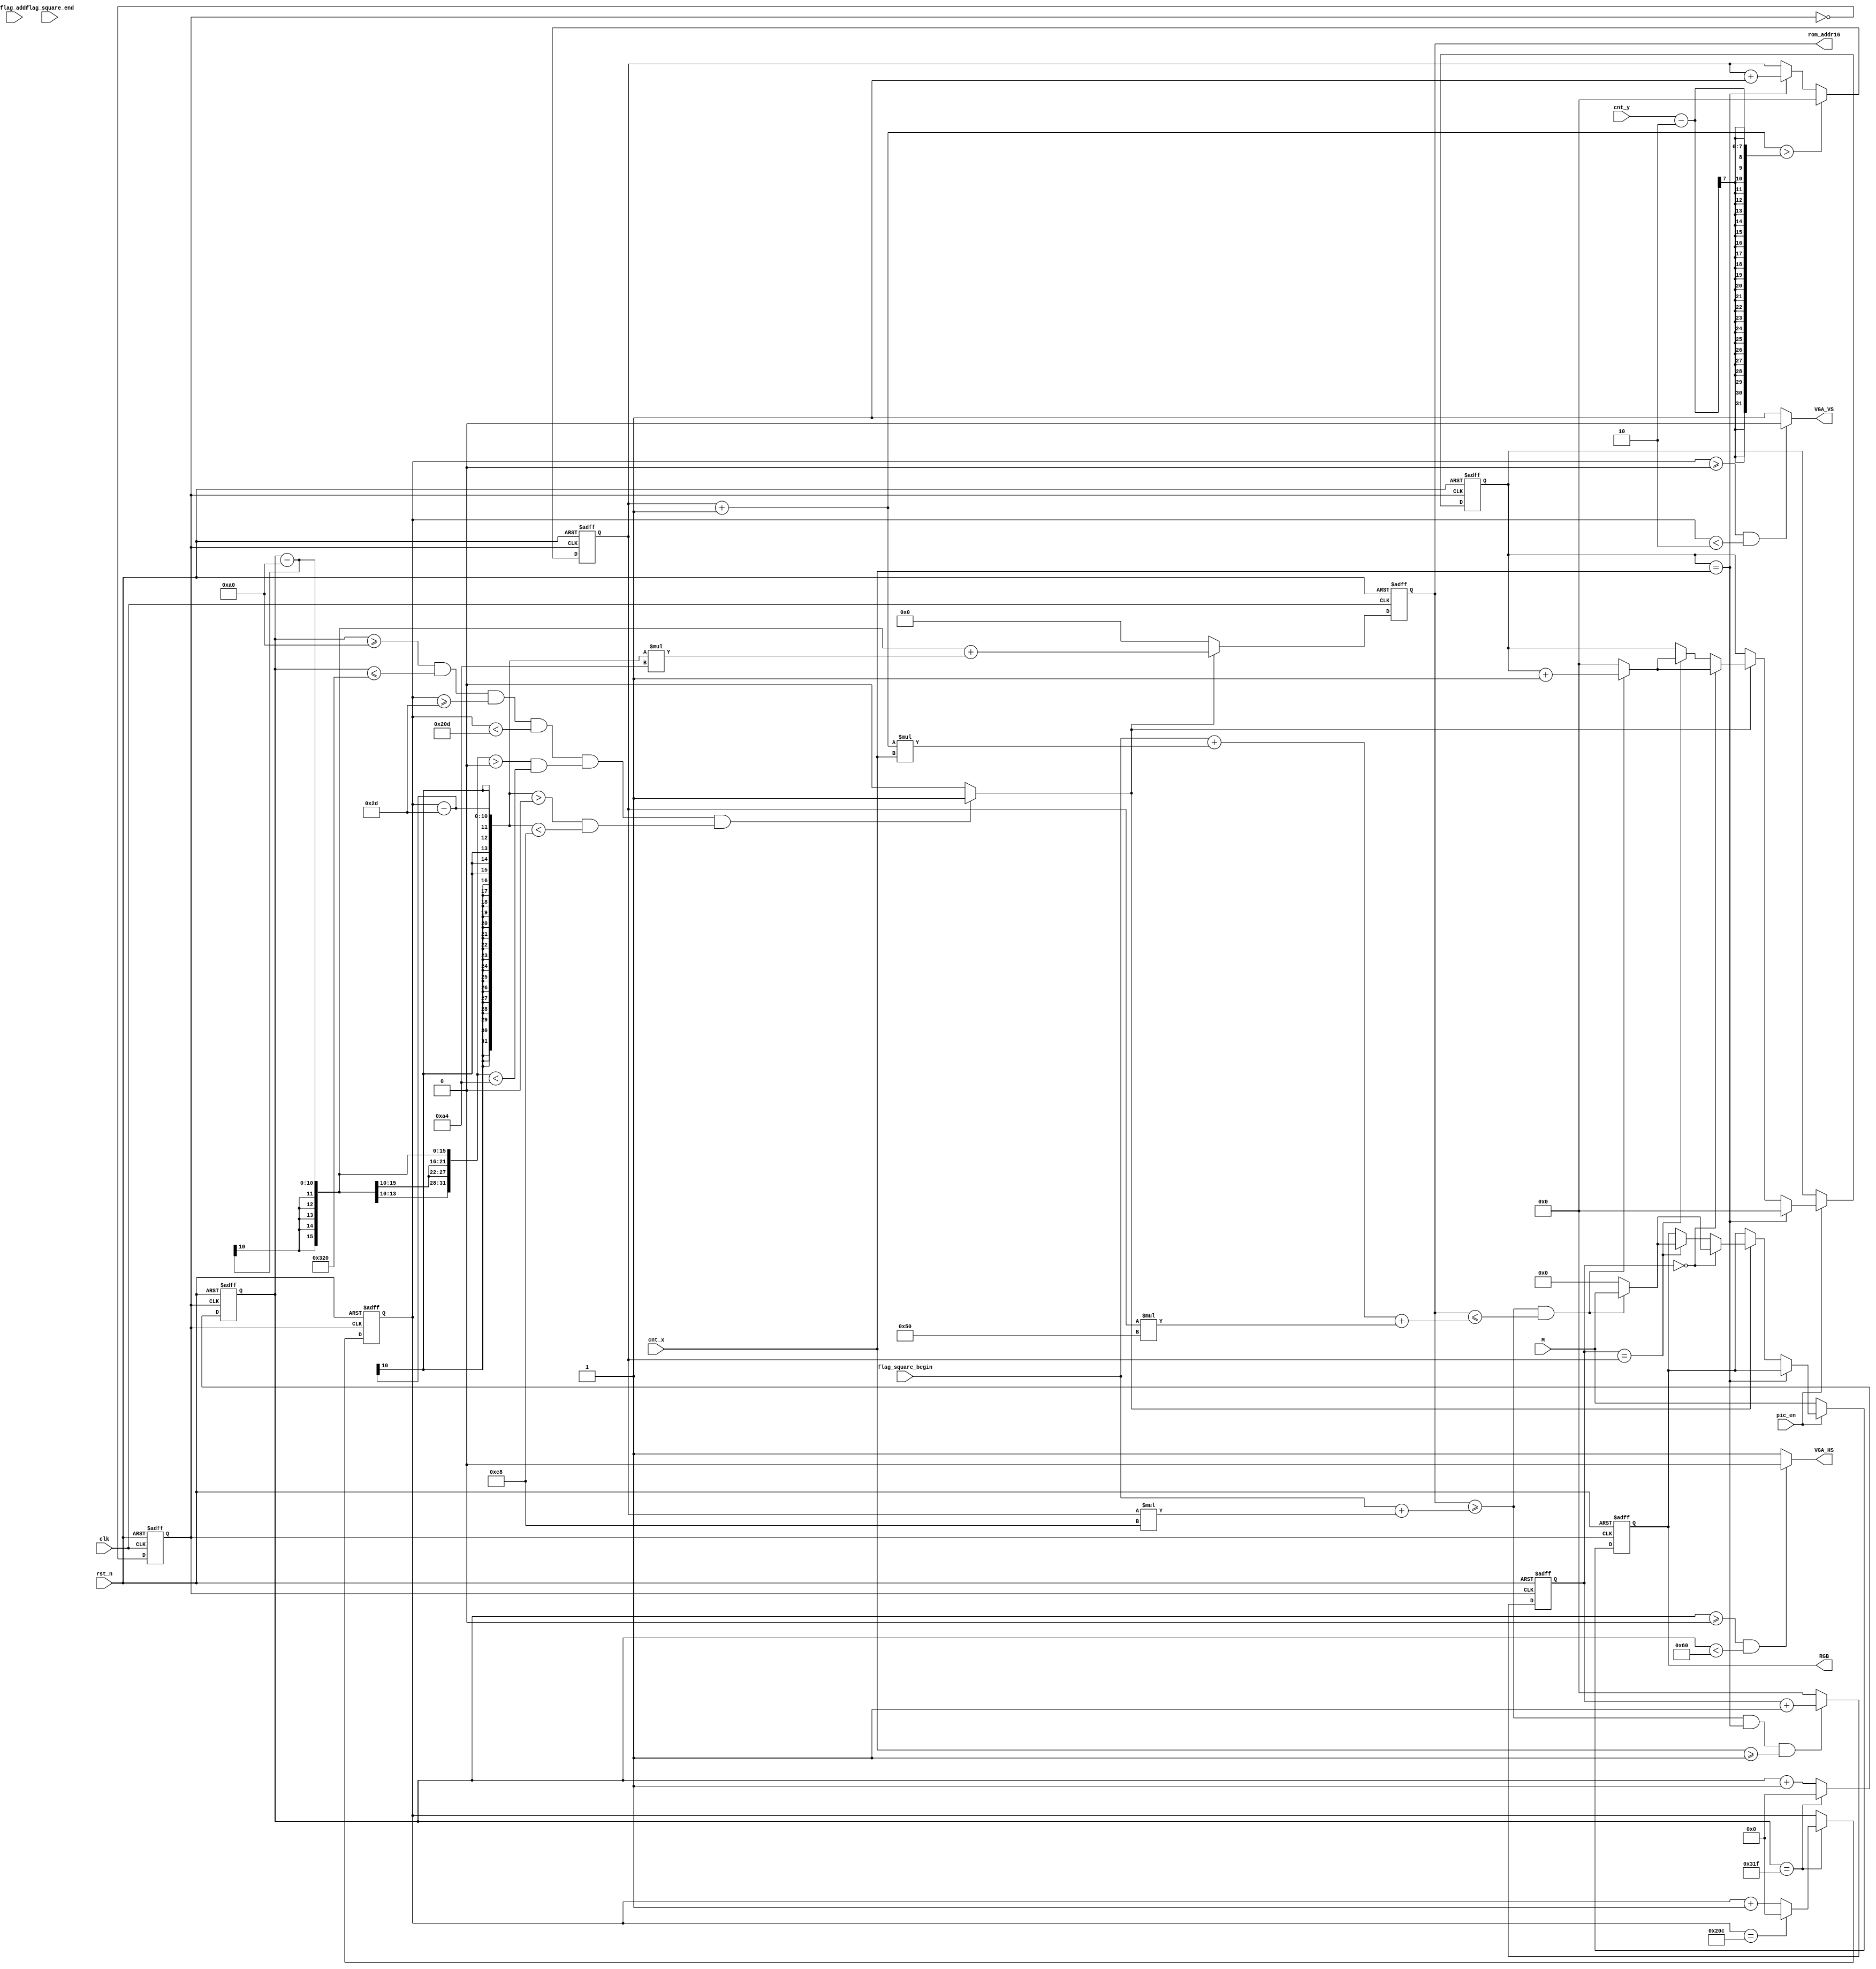
`timescale 1ns / 1ps
//////////////////////////////////////////////////////////////////////////////////
// Company: 
// Engineer: 
// 
// Design Name: 
// Module Name:    VGA 
// Project Name: 
// Target Devices: 
// Tool versions: 
// Description: 
//
// Dependencies: 
//
// Revision: 
// Revision 0.01 - File Created
// Additional Comments: 
//
//////////////////////////////////////////////////////////////////////////////////
module VGA(
	input							clk,
	input							rst_n,
	input			[7:0]			M,
	input							pic_en,//
	input							flag_addr,//xyVGA
	input			[15:0]			flag_square_begin,//
	input			[15:0]			flag_square_end,//
	input			[6:0]			cnt_x,//x
	input			[6:0]			cnt_y,//y
	
	output							VGA_HS,
	output							VGA_VS,
	output	reg		[15:0]			rom_addr16,
	output	reg		[7:0]			RGB
    );


	
	//
	parameter						H_SP = 10'd96;//()
	parameter						H_BP = 10'd48;//
	parameter						H_FP = 10'd16;//
	parameter						H_DISP = 10'd640;//	
	parameter						H_pixels = 10'd800;//

	//					
	parameter						V_SP = 10'd2;//()
	parameter						V_BP = 10'd29;
	parameter						V_FP = 10'd14;
	parameter						V_DISP = 10'd480;
	parameter						V_lines = 10'd525;//

	
	// (H)(W)
	parameter						H = 8'd200;
	parameter						W = 8'd164;	

	//
	parameter 						xpic = 8'd5;
	parameter 						ypic = 8'd5;



	
	
	reg									VGA_clk;	
	reg				[9:0] 				h_cnt;//
	reg				[9:0] 				v_cnt;//

	wire								disp_valid;	
	
	
//	
always @(posedge clk or negedge rst_n)begin
	if(!rst_n)
		VGA_clk <= 1'b0;
	else
		VGA_clk	<=	~VGA_clk;
	end	
	
//
always @(posedge VGA_clk or negedge rst_n)begin
	if(!rst_n)
		h_cnt <= 10'b0;
	else begin
		if( h_cnt == H_pixels - 1'b1)
			h_cnt <= 10'b0;
		else
			h_cnt <= h_cnt + 1'b1;	
	end
	end
	
//
always @(posedge VGA_clk or negedge rst_n)begin
	if(!rst_n)
		v_cnt <= 10'b0;
	else begin
		if(h_cnt == H_pixels - 1'b1)begin
		if( v_cnt == V_lines - 1'b1)
			v_cnt <= 10'b0;
		else
			v_cnt <= v_cnt + 1'b1;
		end
		end
	end

//HS  VS	
assign VGA_VS = (v_cnt >= 0 && v_cnt < V_SP) ? 1'b0:1'b1;
assign VGA_HS = (h_cnt >= 0 && h_cnt < H_SP) ? 1'b0:1'b1;
	
		
assign  disp_valid =	(h_cnt >= (H_SP + H_BP + H_FP) && h_cnt <= H_pixels	&& v_cnt >= (V_SP + V_BP + V_FP) && v_cnt < V_lines)&&
						((h_cnt - (H_SP + H_BP + H_FP)) > 0 && (h_cnt - (H_SP + H_BP + H_FP)) < (0 + W))&&
						((v_cnt - (V_SP + V_BP + V_FP) ) > 0 && (v_cnt - (V_SP + V_BP + V_FP) ) < (0 + H)) ? 1'b1:1'b0;
  

	
//,rom_addr16	
always@(posedge clk or negedge rst_n)begin
	 if(!rst_n)
		 rom_addr16 <= 16'd0;
	 else if(disp_valid)
		 rom_addr16 <= (h_cnt - 160) + (v_cnt - 45) * W;
	 else
		 rom_addr16 <= 16'd0;
 end

	
	
	reg [6:0]  N;
	reg [6:0]  n;	

always @(posedge VGA_clk or negedge rst_n)begin
	if(!rst_n)
	N <= 7'd0;
	else if( (N + 1'b1) > cnt_y - 2 )//2,
	N <= 7'd0;
	else if(n == cnt_x )
	N <= N + 1'b1;
	else
	N <= N;
	end
	
	reg		[6:0]		f;

always @(posedge VGA_clk or negedge rst_n)begin
	if(!rst_n)
	f <= 7'd0;
	else if(rom_addr16 >= flag_square_begin + N*200 && n == cnt_x && cnt_x >= 1'b1)
	f <= f + 1'b1;
	else
	f <= 7'd0;
	end
	
	
//,RGB
always @ (posedge VGA_clk or negedge rst_n) begin    //
	if(!rst_n)begin
	n <= 7'd0;
	RGB <= 8'd0;
	end
	else if(!pic_en)
	RGB <= M;
	
	else if(n == cnt_x)
	n <= 7'd0;
	else begin
			if( disp_valid == 1'b1)
					begin
					
						case (f)
							
						0:		if(rom_addr16 >= flag_square_begin + N*200 && rom_addr16 <= flag_square_begin + (N+1)*cnt_x + N*80)
								begin
								RGB <= M;
								n <= n + 1;
								end
								else begin
								RGB <= 8'd0;
								n <= 1'b0;
								end
																	
																	
						N :		if(rom_addr16 >= flag_square_begin + N*200 && rom_addr16 <= flag_square_begin + (N+1)*cnt_x + N*80)
								begin
								RGB <= M;
								n <= n + 1;
								end
								else begin
								RGB <= 8'd0;
								n <= 1'b0;
								end
								
						endcase
			
					end
			end	
	end
	
endmodule